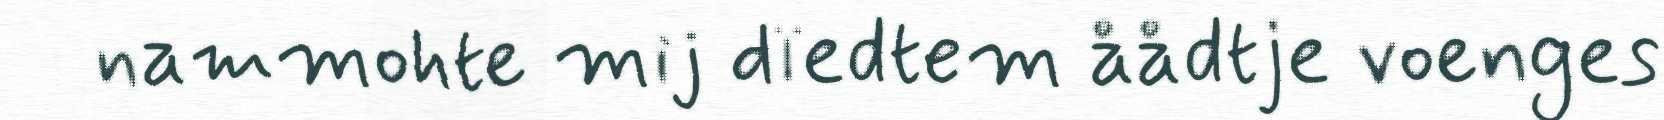
nammohte mij dïedtem åådtje voenges